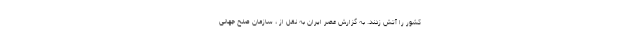
کشور را آتش زدند. به گزارش عصر ایران به نقل از ، سازمان صلح جهانی